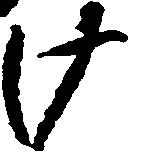
け